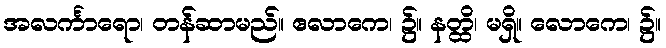
အလင်္ကာရော၊ တန်ဆာမည်။ ဧလာကေ၊ ၌။ နတ္ထိ၊ မရှိ။ လောကေ၊ ၌။